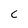
Character: c